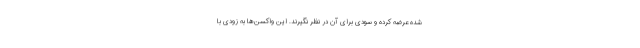
شده عرضه کرده و سودی برای آن در نظر نگیرند. این واکسن‌ها به زودی با